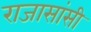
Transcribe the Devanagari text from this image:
राजासांसी